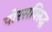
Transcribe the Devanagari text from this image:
पोरसविरुद्ध